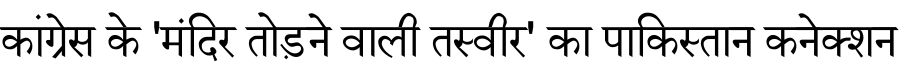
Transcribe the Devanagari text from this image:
कांग्रेस के 'मंदिर तोड़ने वाली तस्वीर' का पाकिस्तान कनेक्शन